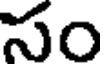
సం